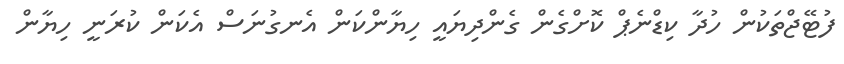
ފުޓޭޖްތަކުން ހުދާ ކިޑްނެޕް ކޮށްގެން ގެންދިޔައީ ހިޔާންކަން އެނގުނަސް އެކަން ކުރަނީ ހިޔާން